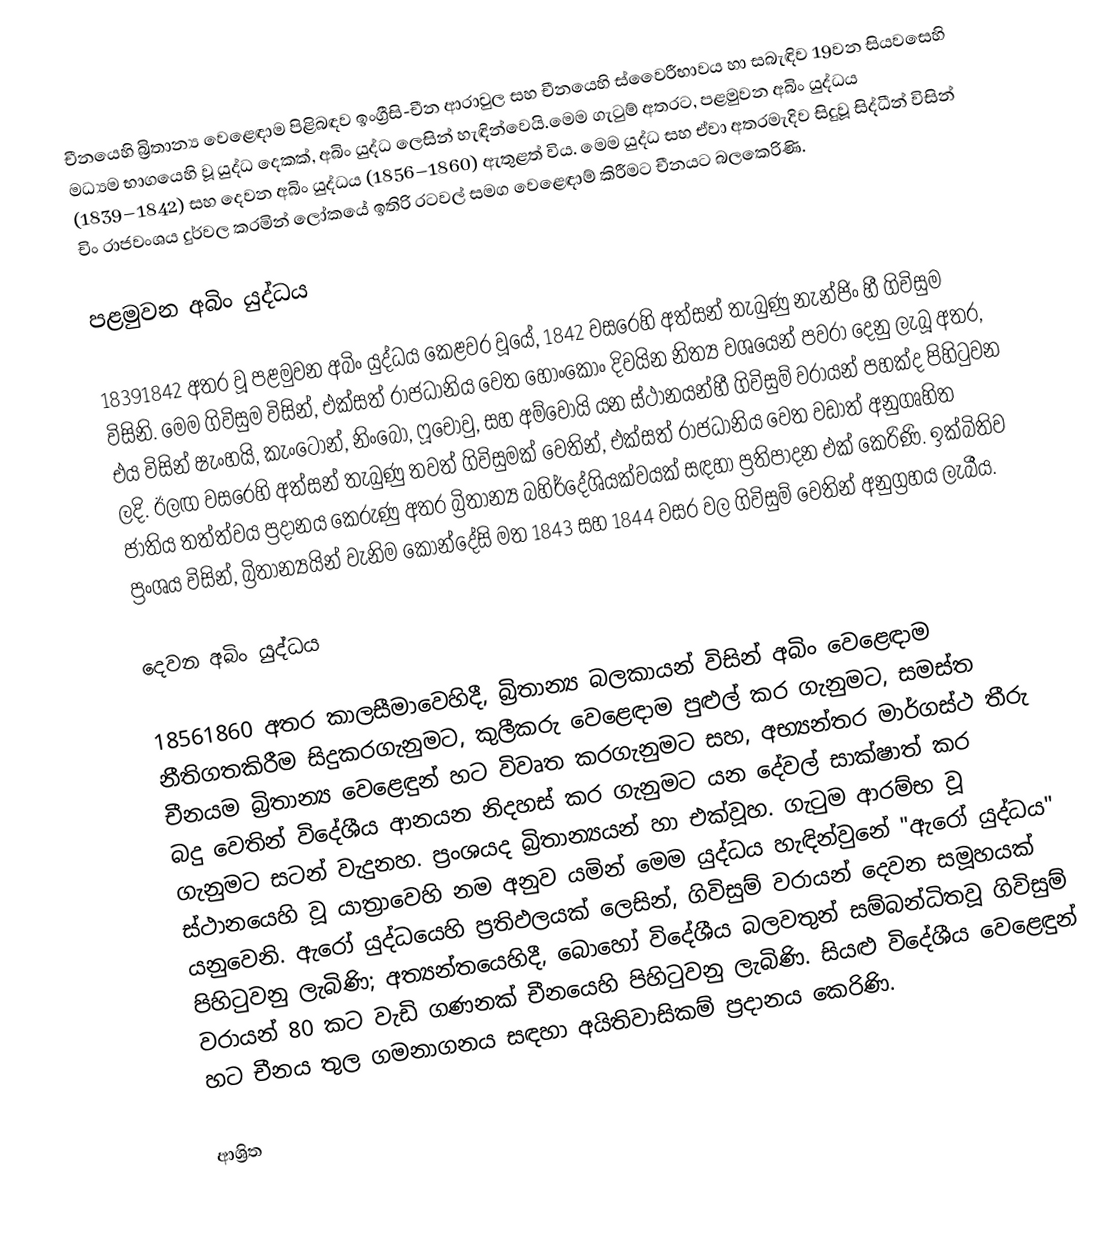
චීනයෙහි බ්‍රිතාන්‍ය වෙළෙඳාම පිළිබඳව ඉංග්‍රීසි-චීන  ආරාවුල සහ චීනයෙහි ස්වෛරීභාවය හා සබැඳිව 19වන සියවසෙහි මධ්‍යම භාගයෙහි වූ යුද්ධ දෙකක්, අබිං යුද්ධ ලෙසින් හැඳින්වෙයි.මෙම ගැටුම් අතරට,  පළමුවන අබිං යුද්ධය (1839–1842) සහ දෙවන අබිං යුද්ධය (1856–1860) ඇතුළත් විය. මෙම යුද්ධ සහ ඒවා අතරමැදිව සිදුවූ සිද්ධීන් විසින්  චිං  රාජවංශය දුර්වල කරමින් ලෝකයේ ඉතිරි රටවල් සමග වෙළෙඳාම් කිරීමට චීනයට බලකෙරිණි.

පළමුවන අබිං යුද්ධය

18391842 අතර වූ පළමුවන අබිං යුද්ධය කෙළවර වූයේ, 1842 වසරෙහි අත්සන් තැබුණු   නැන්ජිං හී ගිවිසුම විසිනි.  මෙම ගිවිසුම විසින්,  එක්සත් රාජධානිය වෙත හොංකොං දිවයින නිත්‍ය වශයෙන් පවරා දෙනු ලැබූ අතර, එය විසින් ෂැංහයි, කැංටොන්, නිංබෝ, ෆූචොවු, සහ අම්වොයි යන ස්ථානයන්හී ගිවිසුම් වරායන් පහක්ද පිහිටුවන ලදි. ඊලඟ වසරෙහි අත්සන් තැබුණු තවත් ගිවිසුමක් වෙතින්, එක්සත් රාජධානිය වෙත වඩාත් අනුගෘහිත ජාතිය තත්ත්වය ප්‍රදානය කෙරුණු අතර බ්‍රිතාන්‍ය බහිර්දේශියක්වයක් සඳහා ප්‍රතිපාදන එක් කෙරිණි. ඉක්බිතිව ප්‍රංශය විසින්, බ්‍රිතාන්‍යයින් වැනිම කොන්දේසි මත  1843 සහ 1844 වසර වල ගිවිසුම් වෙතින් අනුග්‍රහය ලැබීය.

දෙවන අබිං යුද්ධය

18561860 අතර කාලසීමාවෙහිදී, බ්‍රිතාන්‍ය බලකායන් විසින්  අබිං වෙළෙඳාම නීතිගතකිරීම සිදුකරගැනුමට,  කුලීකරු වෙළෙඳාම පුළුල් කර ගැනුමට, සමස්ත චීනයම බ්‍රිතාන්‍ය වෙළෙඳුන් හට විවෘත කරගැනුමට සහ, අභ්‍යන්තර මාර්ගස්ථ තීරු බදු වෙතින් විදේශීය ආනයන නිදහස් කර ගැනුමට යන දේවල් සාක්ෂාත් කර ගැනුමට සටන් වැදුනහ.  ප්‍රංශයද බ්‍රිතාන්‍යයන් හා එක්වූහ. ගැටුම ආරම්භ වූ ස්ථානයෙහි වූ යාත්‍රාවෙහි නම අනුව යමින් මෙම යුද්ධය හැඳින්වුනේ  "ඇරෝ යුද්ධය" යනුවෙනි.  ඇරෝ යුද්ධයෙහි ප්‍රතිඵලයක් ලෙසින්, ගිවිසුම් වරායන් දෙවන සමූහයක් පිහිටුවනු ලැබිණි;  අත්‍යන්තයෙහිදී, බොහෝ විදේශීය බලවතුන් සම්බන්ධිතවූ ගිවිසුම් වරායන් 80 කට වැඩි ගණනක් චීනයෙහි පිහිටුවනු ලැබිණි.  සියළු විදේශීය වෙළෙඳුන් හට චීනය තුල ගමනාගනය සඳහා අයිතිවාසිකම් ප්‍රදානය කෙරිණි.

ආශ්‍රිත